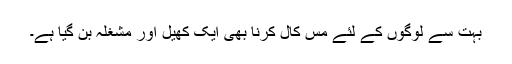
بہت سے لوگوں کے لئے مس کال کرنا بھی ایک کھیل اور مشغلہ بن گیا ہے۔